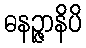
ဓနဉ္ဇာနိပိ